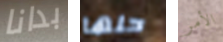
بدانا حلها الأمر